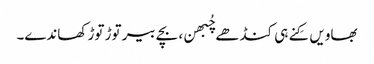
بھاویں کِنے ہی کنڈھے چُبھن، بچے بیر توڑ توڑ کھاندے۔